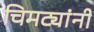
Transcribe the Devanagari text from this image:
चिमट्यांनी